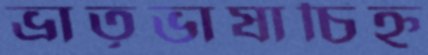
ভ্রাতৃভাষাচিহ্ন